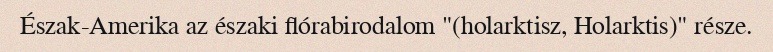
Észak-Amerika az északi flórabirodalom "(holarktisz, Holarktis)" része.